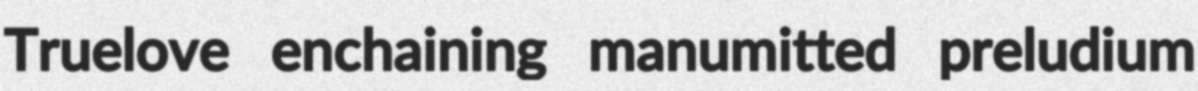
Truelove enchaining manumitted preludium